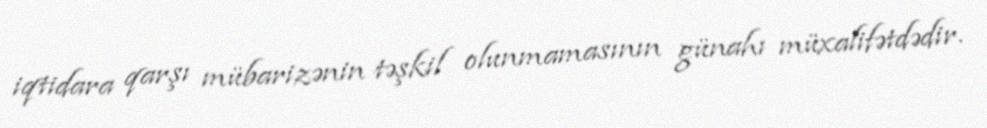
iqtidara qarşı mübarizənin təşkil olunmamasının günahı müxalifətdədir.